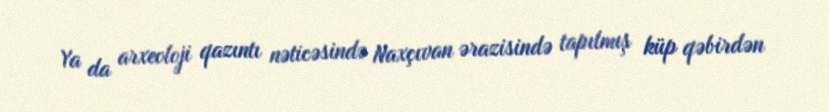
Ya da arxeoloji qazıntı nəticəsində Naxçıvan ərazisində tapılmış küp qəbirdən